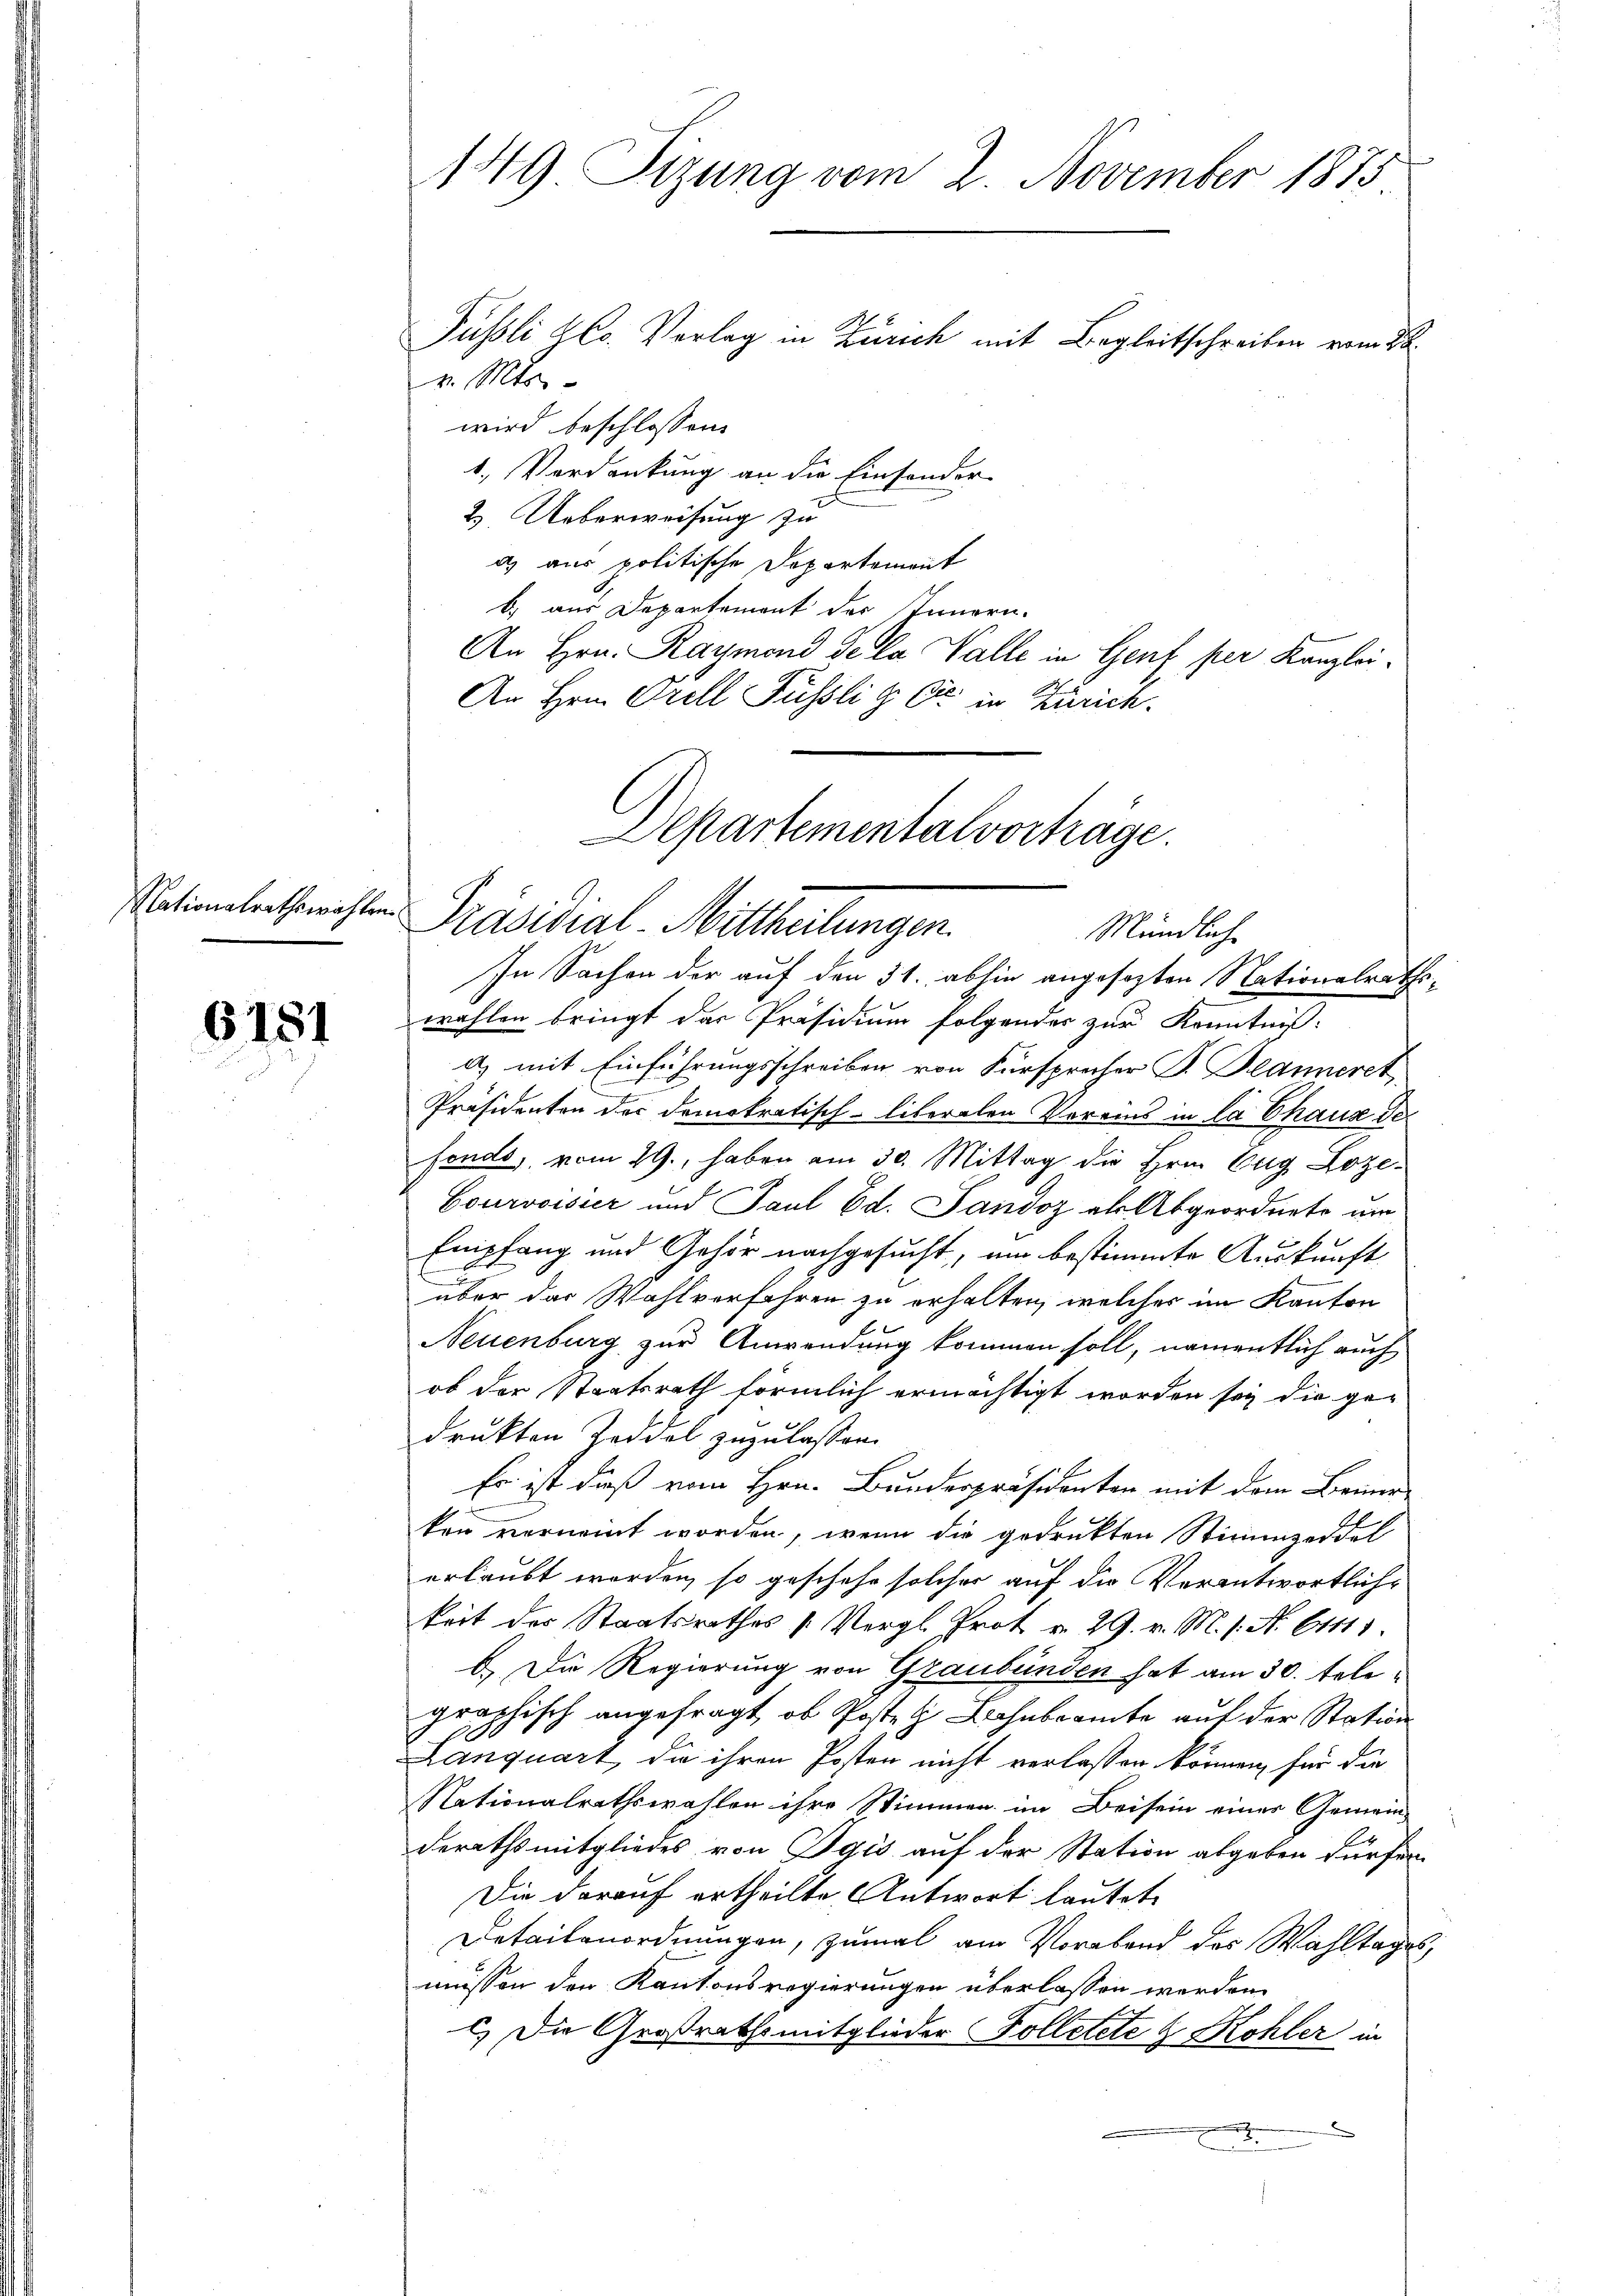
Nationalrathswählen.

6181

149 Sizung vom 2. November 1873

v. Mts.
wird beschlossen:
1. Verdankung an die Einsonder
2. Ueberweisung zu
d) aus politische Departement
b.) aus Departement der Innern.
An Hrn. Raymond de la Valle in Genf per Kanzlei-
An Hrn. Orell Füssli & Cie in Zürich.

Püssli ko. Vorlag in Zürich mit Begleitschreiben vom 20

Departementalvorträge.
Präsidial-Mittheilungen.
Mündlich-
In Sachen der auf den 31. abhin angesezten Nationalrathswahlen bringt das Präsidium folgendes zur Kenntniß:

a) mit Einführungsschreiben von Fürsprecher P. Planneret
.
Präsidenten der demokratisch-liberalen Vereins in la Chaux de
fonds, vom 29., haben am 30. Mittag die Hrn. Eug Loze¬
Courvoisir und Paul Ed. Sandoz als Abgeordnete am
Empfang und Gehör nachgesucht, um bestimmte Auskunft
u
über das Wahlverfahren zu erhalten, welches im Kanton
Neuenburg zur Anwendung kommen soll, namentlich auch
ob der Staatsrath förmlich ermächtigt worden sey die ge-
drukten Zeddel zuzulassen.
Es ist dieß vom Hrn. Bunderpräsidenten mit dem Beine
ken verneint worden, wenn die gedrukten Stimmzeddel
erlaubt worden, so geschehe solcher auf die Verantwortlichkeit des Staatsrathes 1. Vergl. Prot v. 29. v. M. 1. No. 61111.
b.) Die Regierung von Graubünden hat am 30. Tele
graphisch angefragt, ob Posten Bahnbeamte auf der Station
Lanquart, die ihren Posten nicht verlassen können, für die
Nationalrathswahlen ihre Stimmen im Beisein eines Gemein-
derathsmitgliedes von Egis auf der Station abgeben dürfen.
Die darauf ertheilte Antwort lautet.
Detailanordnungen, zumal am Vorabend des Wahltages,
müssen den Kantonsregierungen überlassen werden.
2.) Die Großrathsmitglieder Folletete & Kohler in
.